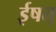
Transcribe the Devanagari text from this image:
ईषत्‌